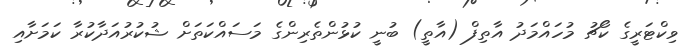
ވިކްޓަރީގެ ކޯޗު މުހައްމަދު އާތިފް (އާތީ) ބުނީ ކުޅުންތެރިންގެ މަސައްކަތަށް ޝުކުރުއަދާކުރާ ކަމަށާއި